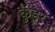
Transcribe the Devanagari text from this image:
कुंडूर